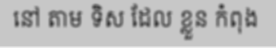
នៅ តាម ទិស ដែល ខ្លួន កំពុង